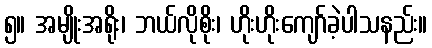
၅။ အမျိုးအရိုး၊ ဘယ်လိုစိုး၊ ဟိုးဟိုးကျော်ခဲ့ပါသနည်း။